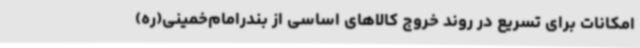
امکانات برای تسریع در روند خروج کالاهای اساسی از بندرامام‌خمینی(ره)